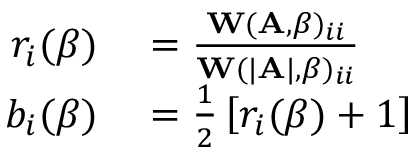
\begin{array} { r l } { r _ { i } ( \beta ) } & { { } = \frac { \mathbf { W } ( \mathbf { A } , \beta ) _ { i i } } { \mathbf { W } ( | \mathbf { A } | , \beta ) _ { i i } } } \\ { b _ { i } ( \beta ) } & { { } = \frac { 1 } { 2 } \left[ r _ { i } ( \beta ) + 1 \right] } \end{array}